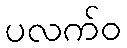
ပလက်ဝ